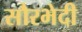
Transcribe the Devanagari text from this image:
सौरभेदी